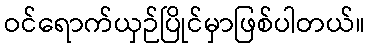
ဝင်ရောက်ယှဉ်ပြိုင်မှာဖြစ်ပါတယ်။